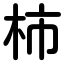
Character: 柿